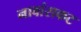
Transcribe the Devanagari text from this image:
नावांसकट